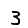
Digit: 3